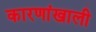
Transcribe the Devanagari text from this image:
कारणांखाली